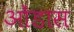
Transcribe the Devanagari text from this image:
ओंडास